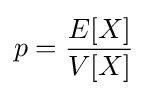
p={\frac {E[X]}{V[X]}}